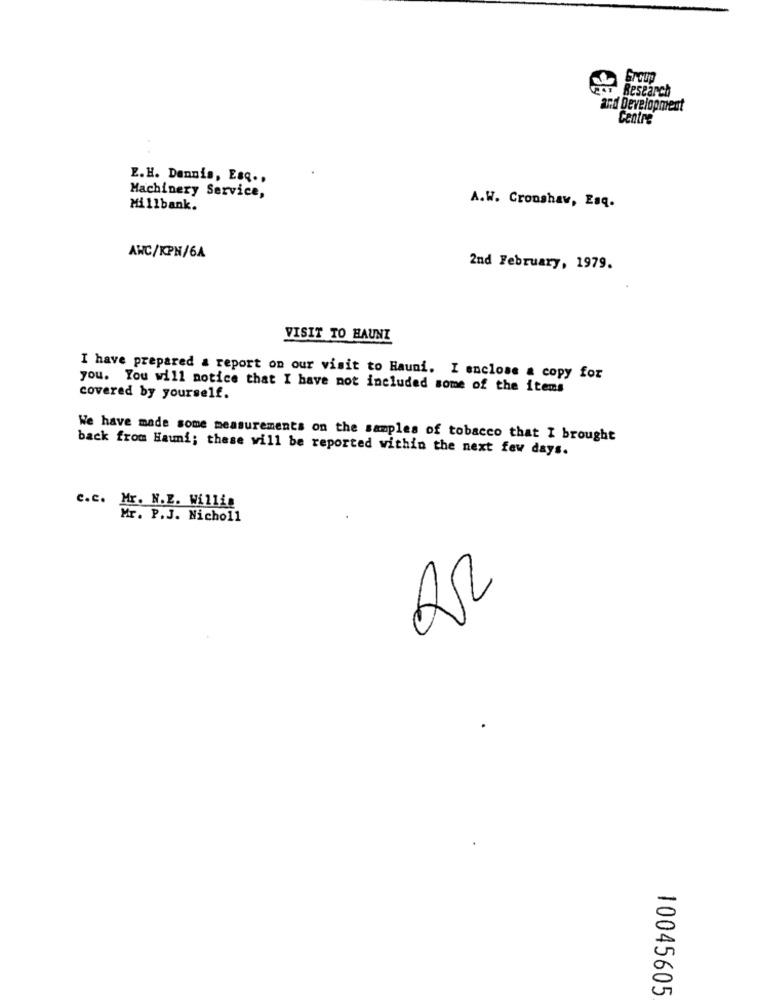
Research
and Development
Centre
E.H. Dennis, Esq .,
Machinery Service,
Millbank.
A.W. Cronshaw, Esq.
AWC/KPN/6A
2nd February, 1979.
VISIT TO HAUNT
I have prepared a report on our visit to Hauni. I enclose & copy for
you. You will notice that I have not included some of the items
covered by yourself.
We have made some measurements on the samples of tobacco that I brought
back from Hauni; these will be reported within the next few days.
c.c. Mr. N.E. Willig
Mr. P.J. Nicholl
22
10045605